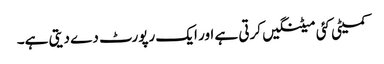
کمیٹی کئی میٹنگیں کرتی ہے اور ایک رپورٹ دے دیتی ہے۔